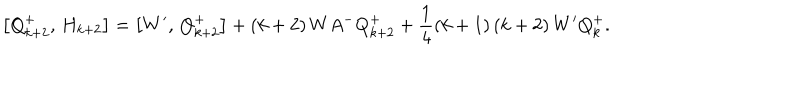
LaTeX: \left[ Q _ { k + 2 } ^ { + } , \, H _ { k + 2 } \right] = \left[ W ^ { \prime } , \, Q _ { k + 2 } ^ { + } \right] + \left( k + 2 \right) W A ^ { - } Q _ { k + 2 } ^ { + } + \frac 1 4 \left( k + 1 \right) \left( k + 2 \right) W ^ { \prime } Q _ { k } ^ { + } .